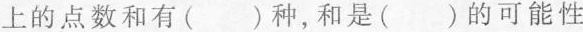
上的点数和有( )种，和是( )的可能性